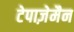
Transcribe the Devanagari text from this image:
टेपाज़ेमैन